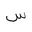
Letter: _sin